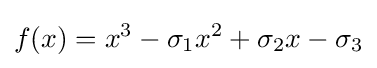
f(x)=x^{3}-\sigma _{1}x^{2}+\sigma _{2}x-\sigma _{3}